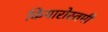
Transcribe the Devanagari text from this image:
कियारोस्तमी